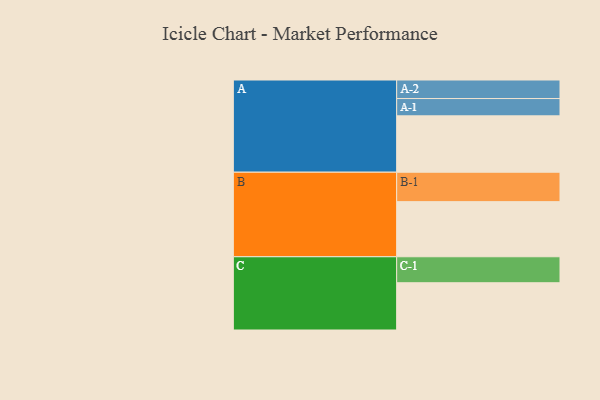
{"axis": {"x": "Segment", "y": "Value"}, "legend": ["", "A", "B", "C"], "data": [{"x": "A", "y": 538, "type": ""}, {"x": "B", "y": 526, "type": ""}, {"x": "C", "y": 451, "type": ""}, {"x": "A-1", "y": 165, "type": "A"}, {"x": "A-2", "y": 177, "type": "A"}, {"x": "B-1", "y": 281, "type": "B"}, {"x": "C-1", "y": 248, "type": "C"}]}